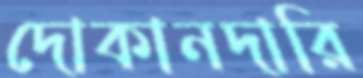
দোকানদারি